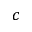
^ c